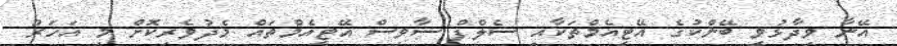
އޭނާ ވިދާޅުވީ ބޭންކުގެ އޭޓީއެމްތަކާއި ސެލްފް ސާވިސް އޭޓީއެމްތައް މެދުވެރިކޮށް މި އަހަރު